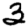
Digit: 3